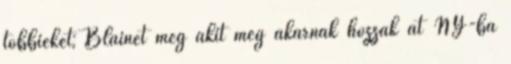
többieket; Blainet meg akit még akarnak hozzák át NY-ba